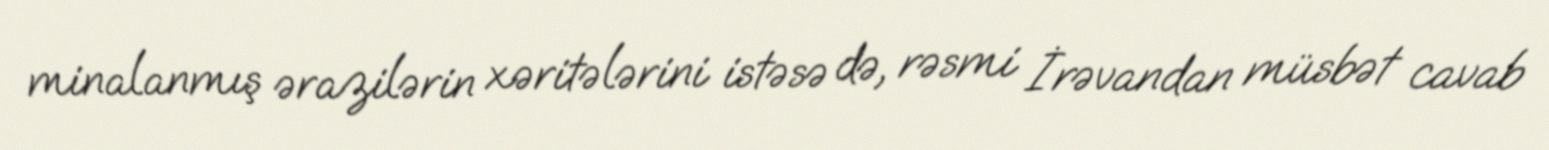
minalanmış ərazilərin xəritələrini istəsə də, rəsmi İrəvandan müsbət cavab